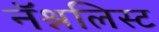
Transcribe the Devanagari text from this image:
नॅश्नलिस्ट